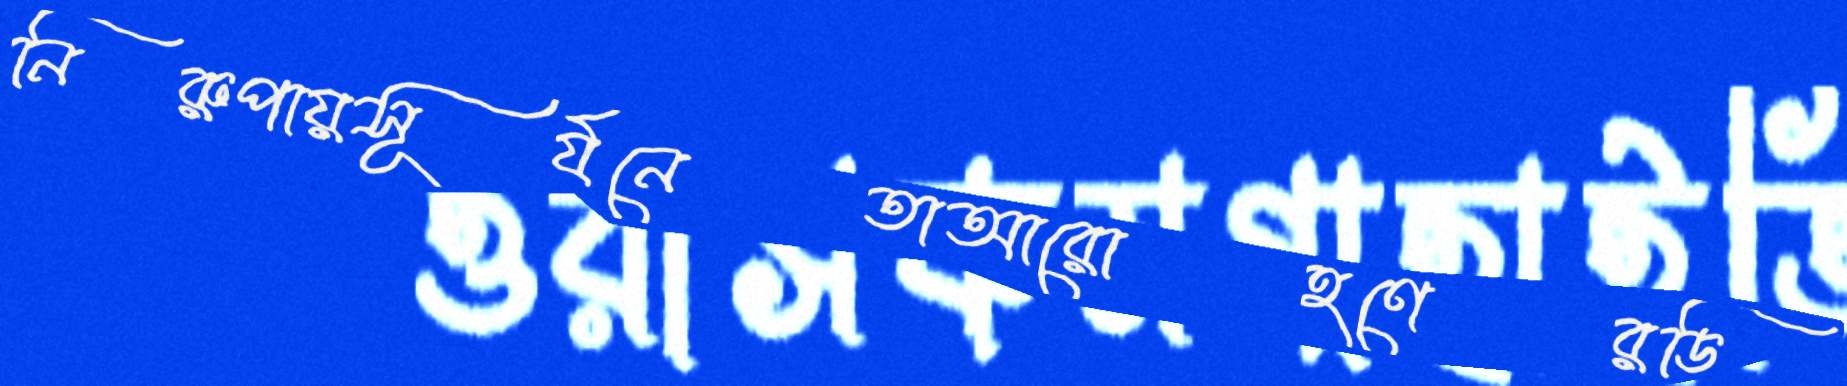
নিরুপায়সূর্যনেতাআরোহণেরডি